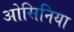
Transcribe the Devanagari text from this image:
ओसिनिया